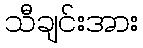
သီချင်းအား